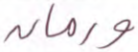
ورمان